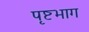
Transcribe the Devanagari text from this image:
पृष्टभाग